65_HS1-834228961_62-HQ-83894_Section_9
Agency: FBI
Page 44
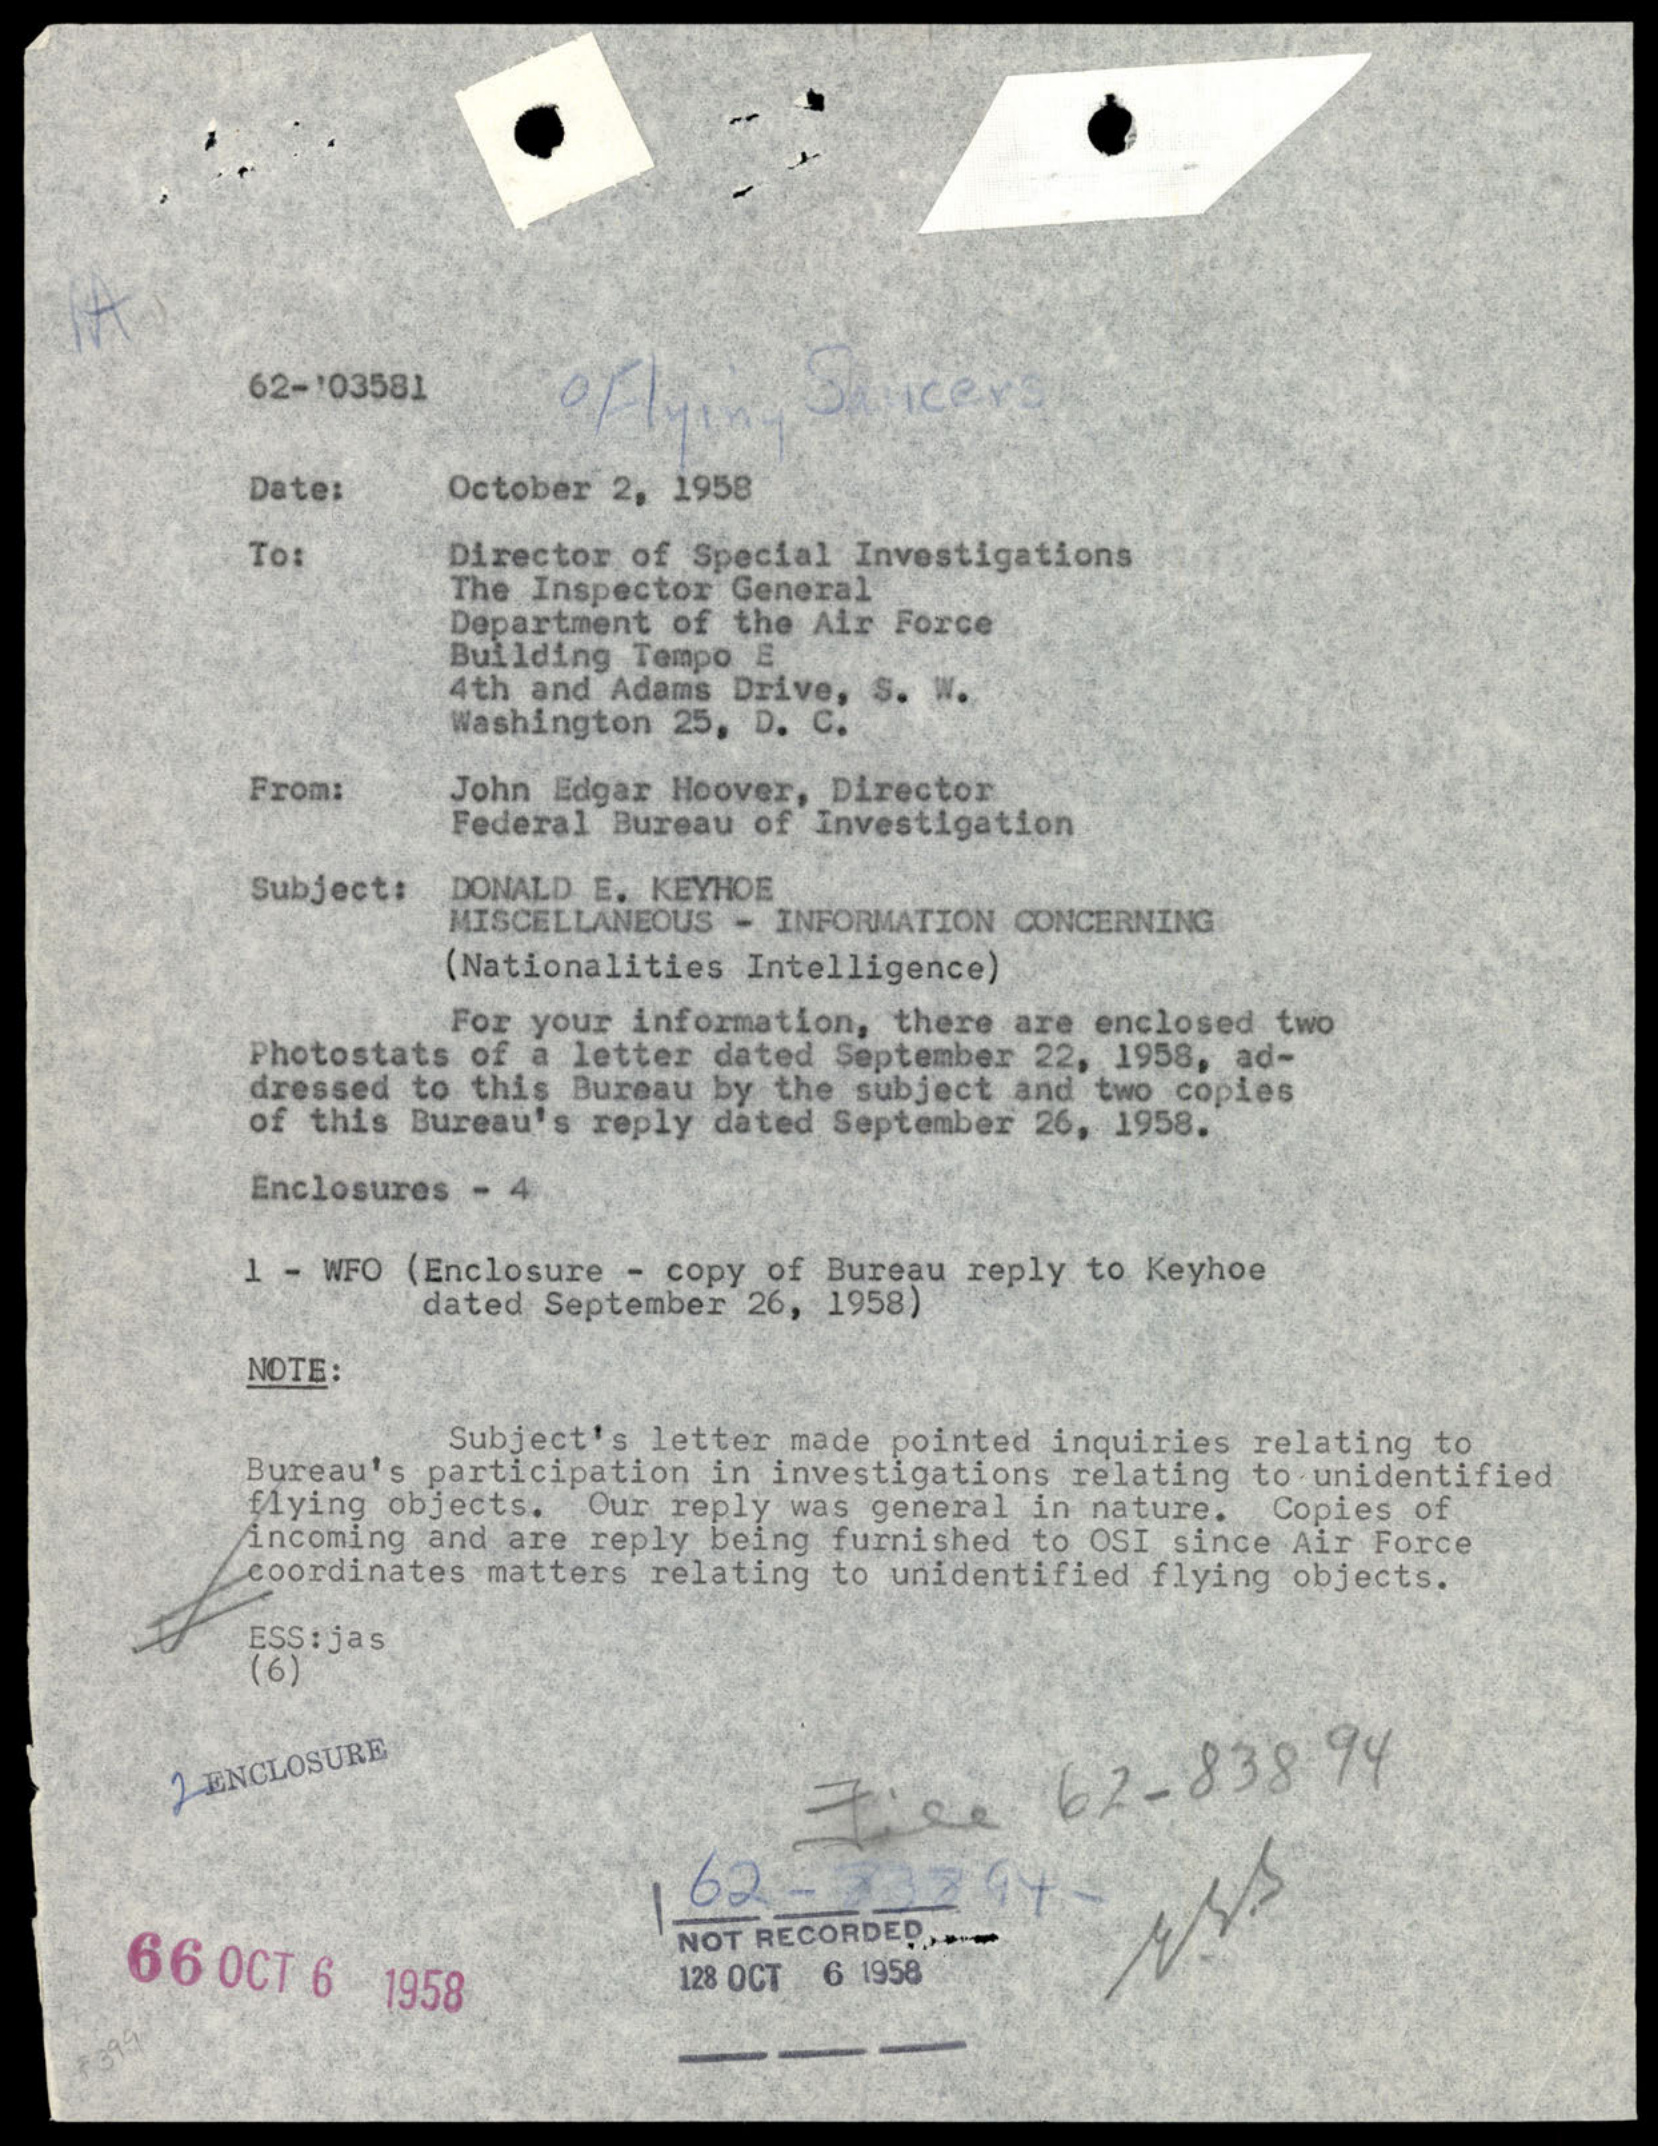